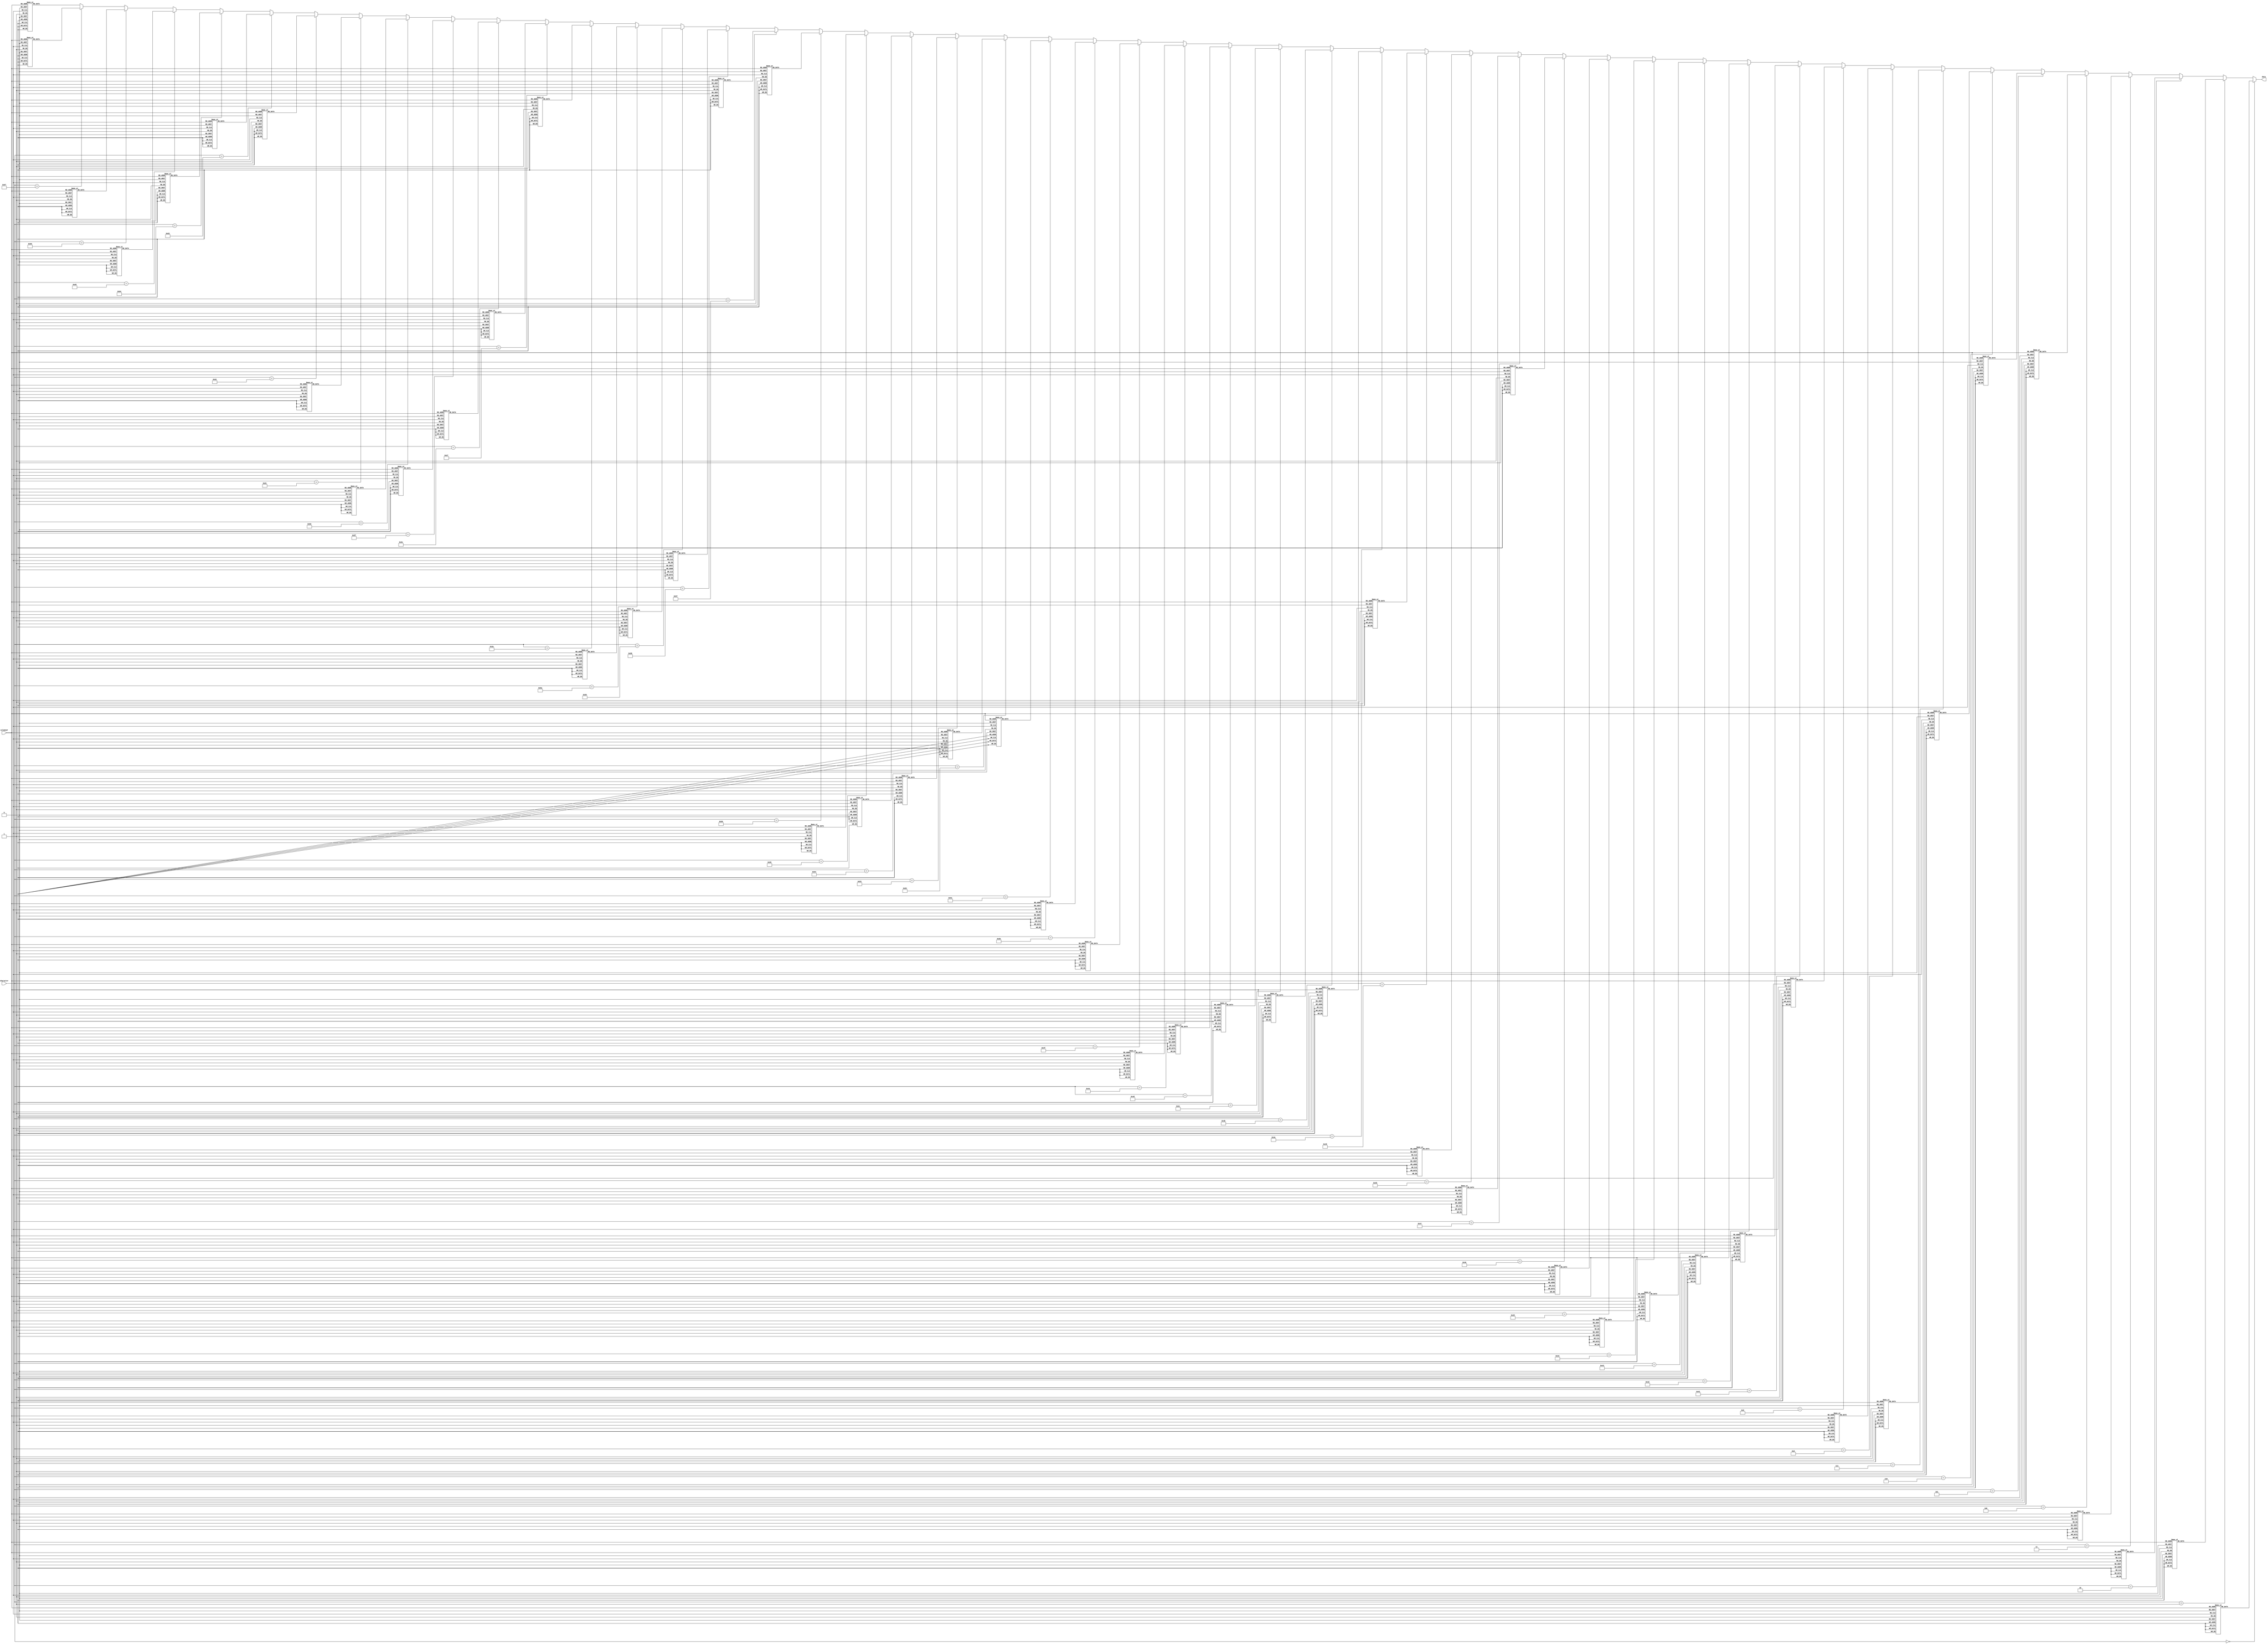
	module Chars_rom
   (
	input wire [7:0]  character,
    input wire [2:0] columnaY,
    output reg [7:0]  data
   );
      
   always @*
		//Numeros
		if(character == 0)//0
			case (columnaY)
				3'b000: data = 8'b00000000; // 
				3'b001: data = 8'b00111100; // 
				3'b010: data = 8'b01100110; // 
				3'b011: data = 8'b01101110; // 
				3'b100: data = 8'b01110110; // 
				3'b101: data = 8'b01100110; // 
				3'b110: data = 8'b00111100; // 
				3'b111: data = 8'b00000000; // 
			endcase
		else if(character == 1) //1
			case (columnaY)
				3'b000: data = 8'b00000000; // 
				3'b001: data = 8'b00001100; // 
				3'b010: data = 8'b00011100; // 
				3'b011: data = 8'b00001100; // 
				3'b100: data = 8'b00001100; // 
				3'b101: data = 8'b00001100; // 
				3'b110: data = 8'b00111110; // 
				3'b111: data = 8'b00000000; //   
			endcase
		else if(character == 2) //2
			case (columnaY)
				3'b000: data = 8'b00000000; // 
				3'b001: data = 8'b00111100; // 
				3'b010: data = 8'b01100110; // 
				3'b011: data = 8'b00000110; // 
				3'b100: data = 8'b00001100; // 
				3'b101: data = 8'b00110000; // 
				3'b110: data = 8'b01100000; // 
				3'b111: data = 8'b01111110; // 
			endcase
		else if(character == 3) //3
			case (columnaY)
				3'b000: data = 8'b00000000; // 
				3'b001: data = 8'b00111100; // 
				3'b010: data = 8'b01100110; // 
				3'b011: data = 8'b00000110; // 
				3'b100: data = 8'b00011100; // 
				3'b101: data = 8'b00000110; // 
				3'b110: data = 8'b01100110; // 
				3'b111: data = 8'b00111100; //  
			endcase
		else if(character == 4) //4
			case (columnaY)
				3'b000: data = 8'b00000000; // 
				3'b001: data = 8'b00001100; // 
				3'b010: data = 8'b00011100; // 
				3'b011: data = 8'b00111100; // 
				3'b100: data = 8'b01001100; // 
				3'b101: data = 8'b01111110; // 
				3'b110: data = 8'b00001100; // 
				3'b111: data = 8'b00001100; //  
			endcase
		else if(character == 5) //5
			case (columnaY)
				3'b000: data = 8'b00000000; // 
				3'b001: data = 8'b01111110; // 
				3'b010: data = 8'b01100000; // 
				3'b011: data = 8'b01111100; // 
				3'b100: data = 8'b00000110; // 
				3'b101: data = 8'b01100110; // 
				3'b110: data = 8'b00111100; // 
				3'b111: data = 8'b00000000; // 
			endcase
		else if(character == 6) //6
			case (columnaY)
				3'b000: data = 8'b00000000; // 
				3'b001: data = 8'b00111100; // 
				3'b010: data = 8'b01100110; // 
				3'b011: data = 8'b01100000; // 
				3'b100: data = 8'b01111100; // 
				3'b101: data = 8'b01100110; // 
				3'b110: data = 8'b01100110; // 
				3'b111: data = 8'b00111100; //  
			endcase
		else if(character == 7) //7
			case (columnaY)
				3'b000: data = 8'b00000000; // 
				3'b001: data = 8'b01111110; // 
				3'b010: data = 8'b01100110; // 
				3'b011: data = 8'b00001100; // 
				3'b100: data = 8'b00011000; // 
				3'b101: data = 8'b00011000; // 
				3'b110: data = 8'b00011000; // 
				3'b111: data = 8'b00011000; //  
			endcase
		else if(character == 8) //8
			case (columnaY)
				3'b000: data = 8'b00000000; // 
				3'b001: data = 8'b00111100; // 
				3'b010: data = 8'b01100110; // 
				3'b011: data = 8'b01100110; // 
				3'b100: data = 8'b00111100; // 
				3'b101: data = 8'b01100110; // 
				3'b110: data = 8'b01100110; // 
				3'b111: data = 8'b00111100; //  
			endcase
		else if(character == 9) //9
			case (columnaY)
				3'b000: data = 8'b00000000; // 
				3'b001: data = 8'b00111100; // 
				3'b010: data = 8'b01100110; // 
				3'b011: data = 8'b01100110; // 
				3'b100: data = 8'b00111110; // 
				3'b101: data = 8'b00000110; // 
				3'b110: data = 8'b01100110; // 
				3'b111: data = 8'b00111100; //  
			endcase
		//Letras
		else if(character == "A") //A
			case (columnaY)
				3'b000: data = 8'b00000000; // 
				3'b001: data = 8'b00011000; // 
				3'b010: data = 8'b00111100; // 
				3'b011: data = 8'b01100110; // 
				3'b100: data = 8'b01111110; // 
				3'b101: data = 8'b01100110; // 
				3'b110: data = 8'b01100110; // 
				3'b111: data = 8'b01100110; // 
			endcase
		else if(character == "B") //B
			case (columnaY)
				3'b000: data = 8'b00000000; // 
				3'b001: data = 8'b01111100; // 
				3'b010: data = 8'b01100110; // 
				3'b011: data = 8'b01100110; // 
				3'b100: data = 8'b01111100; // 
				3'b101: data = 8'b01100110; // 
				3'b110: data = 8'b01100110; // 
				3'b111: data = 8'b01111100; // 
			endcase
		else if(character == "C") //C
			case (columnaY)
				3'b000: data = 8'b00000000; // 
				3'b001: data = 8'b00111100; // 
				3'b010: data = 8'b01100110; // 
				3'b011: data = 8'b01100000; // 
				3'b100: data = 8'b01100000; // 
				3'b101: data = 8'b01100000; // 
				3'b110: data = 8'b01100110; // 
				3'b111: data = 8'b00111100; //  
			endcase
		else if(character == "D") //D
			case (columnaY)
				3'b000: data = 8'b00000000; // 
				3'b001: data = 8'b01111000; // 
				3'b010: data = 8'b01101100; // 
				3'b011: data = 8'b01100110; // 
				3'b100: data = 8'b01100110; // 
				3'b101: data = 8'b01100110; // 
				3'b110: data = 8'b01101100; // 
				3'b111: data = 8'b01111000; // 
			endcase
		else if(character == "E") //E
			case (columnaY)
				3'b000: data = 8'b00000000; // 
				3'b001: data = 8'b01111110; // 
				3'b010: data = 8'b01100000; // 
				3'b011: data = 8'b01100000; // 
				3'b100: data = 8'b01111000; // 
				3'b101: data = 8'b01100000; // 
				3'b110: data = 8'b01100000; // 
				3'b111: data = 8'b01111110; //  
			endcase
		else if(character == "F") //F
			case (columnaY)
				3'b000: data = 8'b00000000; // 
				3'b001: data = 8'b01111110; // 
				3'b010: data = 8'b01100000; // 
				3'b011: data = 8'b01100000; // 
				3'b100: data = 8'b01111000; // 
				3'b101: data = 8'b01100000; // 
				3'b110: data = 8'b01100000; // 
				3'b111: data = 8'b01100000; // 
			endcase
		else if(character == "G") //G
			case (columnaY)
				3'b000: data = 8'b00000000; // 
				3'b001: data = 8'b00111100; // 
				3'b010: data = 8'b01100110; // 
				3'b011: data = 8'b01100000; // 
				3'b100: data = 8'b01101110; // 
				3'b101: data = 8'b01100110; // 
				3'b110: data = 8'b01100110; // 
				3'b111: data = 8'b00111100; // 
			endcase
		else if(character == "H") //H
			case (columnaY)
				3'b000: data = 8'b00000000; // 
				3'b001: data = 8'b01100110; // 
				3'b010: data = 8'b01100110; // 
				3'b011: data = 8'b01100110; // 
				3'b100: data = 8'b01111110; // 
				3'b101: data = 8'b01100110; // 
				3'b110: data = 8'b01100110; // 
				3'b111: data = 8'b01100110; // 
			endcase
		else if(character == "I") //I
			case (columnaY)
				3'b000: data = 8'b00000000; // 
				3'b001: data = 8'b00111100; // 
				3'b010: data = 8'b00011000; // 
				3'b011: data = 8'b00011000; // 
				3'b100: data = 8'b00011000; // 
				3'b101: data = 8'b00011000; // 
				3'b110: data = 8'b00011000; // 
				3'b111: data = 8'b00111100; // 
			endcase
		else if(character == "J") //J
			case (columnaY)
				3'b000: data = 8'b00000000; // 
				3'b001: data = 8'b00011110; // 
				3'b010: data = 8'b00001100; // 
				3'b011: data = 8'b00001100; // 
				3'b100: data = 8'b00001100; // 
				3'b101: data = 8'b00001100; // 
				3'b110: data = 8'b01101100; // 
				3'b111: data = 8'b00111000; //
			endcase
		else if(character == "K") //K
			case (columnaY)
				3'b000: data = 8'b00000000; // 
				3'b001: data = 8'b01100110; // 
				3'b010: data = 8'b01101100; // 
				3'b011: data = 8'b0111100; // 
				3'b100: data = 8'b01110000; // 
				3'b101: data = 8'b01111000; // 
				3'b110: data = 8'b01101100; // 
				3'b111: data = 8'b01100110; //
			endcase
		else if(character == "L") //L
			case (columnaY)
				3'b000: data = 8'b00000000; // 
				3'b001: data = 8'b01100000; // 
				3'b010: data = 8'b01100000; // 
				3'b011: data = 8'b01100000; // 
				3'b100: data = 8'b01100000; // 
				3'b101: data = 8'b01100000; // 
				3'b110: data = 8'b01100000; // 
				3'b111: data = 8'b01111110; // 
			endcase
		else if(character == "M") //M
			case (columnaY)
				3'b000: data = 8'b00000000; // 
				3'b001: data = 8'b11000110; // 
				3'b010: data = 8'b11101110; // 
				3'b011: data = 8'b11111110; // 
				3'b100: data = 8'b11010110; // 
				3'b101: data = 8'b11000110; // 
				3'b110: data = 8'b11000110; // 
				3'b111: data = 8'b11000110; // 
			endcase
		else if(character == "N") //N
			case (columnaY)
				3'b000: data = 8'b00000000; // 
				3'b001: data = 8'b01100110; // 
				3'b010: data = 8'b01110110; // 
				3'b011: data = 8'b01111110; // 
				3'b100: data = 8'b01101110; // 
				3'b101: data = 8'b01100110; // 
				3'b110: data = 8'b01100110; // 
				3'b111: data = 8'b01100110; // 
			endcase
		else if(character == "O") //O
			case (columnaY)
				3'b000: data = 8'b00000000; // 
				3'b001: data = 8'b00111100; // 
				3'b010: data = 8'b01100110; // 
				3'b011: data = 8'b01100110; // 
				3'b100: data = 8'b01100110; // 
				3'b101: data = 8'b01100110; // 
				3'b110: data = 8'b01100110; // 
				3'b111: data = 8'b00111100; // 
			endcase
		else if(character == "P") //P
			case (columnaY)
				3'b000: data = 8'b00000000; // 
				3'b001: data = 8'b01111100; // 
				3'b010: data = 8'b01100110; // 
				3'b011: data = 8'b01100110; // 
				3'b100: data = 8'b01111100; // 
				3'b101: data = 8'b01100000; // 
				3'b110: data = 8'b01100000; // 
				3'b111: data = 8'b01100000; // 
			endcase
		else if(character == "Q") //Q
			case (columnaY)
				3'b000: data = 8'b00000000; // 
				3'b001: data = 8'b00111100; // 
				3'b010: data = 8'b01100110; // 
				3'b011: data = 8'b01100110; // 
				3'b100: data = 8'b01100110; // 
				3'b101: data = 8'b01100110; // 
				3'b110: data = 8'b00111100; // 
				3'b111: data = 8'b00001110; // 
			endcase
		else if(character == "R") //R
			case (columnaY)
				3'b000: data = 8'b00000000; // 
				3'b001: data = 8'b01111100; // 
				3'b010: data = 8'b01100110; // 
				3'b011: data = 8'b01100110; // 
				3'b100: data = 8'b01111100; // 
				3'b101: data = 8'b01111000; // 
				3'b110: data = 8'b01101100; // 
				3'b111: data = 8'b01100110; // 
			endcase
		else if(character == "S") //S
			case (columnaY)
				3'b000: data = 8'b00000000; // 
				3'b001: data = 8'b00111100; // 
				3'b010: data = 8'b01100110; // 
				3'b011: data = 8'b01100000; // 
				3'b100: data = 8'b00111100; // 
				3'b101: data = 8'b00000110; // 
				3'b110: data = 8'b01100110; // 
				3'b111: data = 8'b00111100; // 
			endcase
		else if(character == "T") //T
			case (columnaY)
				3'b000: data = 8'b00000000; // 
				3'b001: data = 8'b01111110; // 
				3'b010: data = 8'b00011000; // 
				3'b011: data = 8'b00011000; // 
				3'b100: data = 8'b00011000; // 
				3'b101: data = 8'b00011000; // 
				3'b110: data = 8'b00011000; // 
				3'b111: data = 8'b00011000; // 
			endcase
		else if(character == "U") //U
			case (columnaY)
				3'b000: data = 8'b00000000; // 
				3'b001: data = 8'b01100110; // 
				3'b010: data = 8'b01100110; // 
				3'b011: data = 8'b01100110; // 
				3'b100: data = 8'b01100110; // 
				3'b101: data = 8'b01100110; // 
				3'b110: data = 8'b01100110; // 
				3'b111: data = 8'b00111100; // 
			endcase
		else if(character == "V") //V
			case (columnaY)
				3'b000: data = 8'b00000000; // 
				3'b001: data = 8'b01100110; // 
				3'b010: data = 8'b01100110; // 
				3'b011: data = 8'b01100110; // 
				3'b100: data = 8'b01100110; // 
				3'b101: data = 8'b01100110; // 
				3'b110: data = 8'b00111100; // 
				3'b111: data = 8'b00011000; // 
			endcase
		else if(character == "W") //W
			case (columnaY)
				3'b000: data = 8'b00000000; // 
				3'b001: data = 8'b11000110; // 
				3'b010: data = 8'b11000110; // 
				3'b011: data = 8'b11000110; // 
				3'b100: data = 8'b11010110; // 
				3'b101: data = 8'b11111110; // 
				3'b110: data = 8'b11101110; // 
				3'b111: data = 8'b11000110; // 
			endcase
		else if(character == "X") //X
			case (columnaY)
				3'b000: data = 8'b00000000; // 
				3'b001: data = 8'b01100110; // 
				3'b010: data = 8'b01100110; // 
				3'b011: data = 8'b00111100; // 
				3'b100: data = 8'b00011000; // 
				3'b101: data = 8'b00111100; // 
				3'b110: data = 8'b01100110; // 
				3'b111: data = 8'b01100110; // 
			endcase
		else if(character == "Y") //Y
			case (columnaY)
				3'b000: data = 8'b00000000; // 
				3'b001: data = 8'b01100110; // 
				3'b010: data = 8'b01100110; // 
				3'b011: data = 8'b01100110; // 
				3'b100: data = 8'b00111100; // 
				3'b101: data = 8'b00011000; // 
				3'b110: data = 8'b00011000; // 
				3'b111: data = 8'b00011000; // 
			endcase
		else if(character == "Z") //Z
			case (columnaY)
				3'b000: data = 8'b00000000; // 
				3'b001: data = 8'b01111110; // 
				3'b010: data = 8'b00000110; // 
				3'b011: data = 8'b00001100; // 
				3'b100: data = 8'b00011000; // 
				3'b101: data = 8'b00110000; // 
				3'b110: data = 8'b01100000; // 
				3'b111: data = 8'b01111110; // 
			endcase
		else if(character == ":") //:
			case (columnaY)
				3'b000: data = 8'b00000000; // 
				3'b001: data = 8'b00011000; // 
				3'b010: data = 8'b00011000; // 
				3'b011: data = 8'b00000000; // 
				3'b100: data = 8'b00000000; // 
				3'b101: data = 8'b00011000; // 
				3'b110: data = 8'b00011000; // 
				3'b111: data = 8'b00000000; // 
			endcase
		else if(character == "'") //:
			case (columnaY)
				3'b000: data = 8'b00000000; // 
				3'b001: data = 8'b00011000; // 
				3'b010: data = 8'b00011000; // 
				3'b011: data = 8'b00011000; // 
				3'b100: data = 8'b00011000; // 
				3'b101: data = 8'b00000000; // 
				3'b110: data = 8'b00000000; // 
				3'b111: data = 8'b00000000; // 
			endcase
		else if(character == 94) //Up arrow
			case (columnaY)
				3'b000: data = 8'b00000000; // 
				3'b001: data = 8'b00011000; // 
				3'b010: data = 8'b00111100; // 
				3'b011: data = 8'b01111110; // 
				3'b100: data = 8'b00011000; // 
				3'b101: data = 8'b00011000; // 
				3'b110: data = 8'b00011000; // 
				3'b111: data = 8'b00000000; // 
			endcase
		else if(character == 95) //Left Triangle
			case (columnaY)
				3'b000: data = 8'b00000000; // 
				3'b001: data = 8'b00000110; // 
				3'b010: data = 8'b00011110; // 
				3'b011: data = 8'b01111110; // 
				3'b100: data = 8'b01111110; // 
				3'b101: data = 8'b00011110; // 
				3'b110: data = 8'b00000110; // 
				3'b111: data = 8'b00000000; // 
			endcase
		else if(character == 96) //=
			case (columnaY)
				3'b000: data = 8'b00000000; // 
				3'b001: data = 8'b00111100; // 
				3'b010: data = 8'b00111100; // 
				3'b011: data = 8'b00000000; // 
				3'b100: data = 8'b00000000; // 
				3'b101: data = 8'b00111100; // 
				3'b110: data = 8'b00111100; // 
				3'b111: data = 8'b00000000; // 
			endcase
		
		else if(character == 97) //%
			case (columnaY)
				3'b000: data = 8'b00000000; // 
				3'b001: data = 8'b01100110; // 
				3'b010: data = 8'b01101100; // 
				3'b011: data = 8'b00011000; // 
				3'b100: data = 8'b00110110; // 
				3'b101: data = 8'b01100110; // 
				3'b110: data = 8'b00000000; // 
				3'b111: data = 8'b00000000; // 
			endcase
		
		else if(character == 98) // /
			case (columnaY)
				3'b000: data = 8'b00000000; // 
				3'b001: data = 8'b00000110; // 
				3'b010: data = 8'b00001100; // 
				3'b011: data = 8'b00011000; // 
				3'b100: data = 8'b00110000; // 
				3'b101: data = 8'b01100000; // 
				3'b110: data = 8'b00000000; // 
				3'b111: data = 8'b00000000; // 
			endcase
		
		
				else if(character == 99) // +
			case (columnaY)
				3'b000: data = 8'b00000000; // 
				3'b001: data = 8'b00011000; // 
				3'b010: data = 8'b00011000; // 
				3'b011: data = 8'b01111110; // 
				3'b100: data = 8'b01111110; // 
				3'b101: data = 8'b00011000; // 
				3'b110: data = 8'b00011000; // 
				3'b111: data = 8'b00000000; // 
			endcase
			
					else if(character == 100) // -
			case (columnaY)
				3'b000: data = 8'b00000000; // 
				3'b001: data = 8'b00000000; // 
				3'b010: data = 8'b00000000; // 
				3'b011: data = 8'b01111110; // 
				3'b100: data = 8'b01111110; // 
				3'b101: data = 8'b00000000; // 
				3'b110: data = 8'b00000000; // 
				3'b111: data = 8'b00000000; // 
			endcase
		
		
		else if(character == 101) // X
			case (columnaY)
				3'b000: data = 8'b00000000; // 
				3'b001: data = 8'b01100110; // 
				3'b010: data = 8'b00111100; // 
				3'b011: data = 8'b00011000; // 
				3'b100: data = 8'b00111100; // 
				3'b101: data = 8'b01100110; // 
				3'b110: data = 8'b00000000; // 
				3'b111: data = 8'b00000000; // 
			endcase
		
		else if(character == 102) // cuadro
			case (columnaY)
				3'b000: data = 8'b00000000; // 
				3'b001: data = 8'b00000000; // 
				3'b010: data = 8'b00111100; // 
				3'b011: data = 8'b00111100; // 
				3'b100: data = 8'b00111100; // 
				3'b101: data = 8'b00000000; // 
				3'b110: data = 8'b00000000; // 
				3'b111: data = 8'b00000000; // 
			endcase
			
		else if(character == 103) // guion bajo
			case (columnaY)
				3'b000: data = 8'b00000000; // 
				3'b001: data = 8'b00000000; // 
				3'b010: data = 8'b00000000; // 
				3'b011: data = 8'b00000000; // 
				3'b100: data = 8'b00000000; // 
				3'b101: data = 8'b00000000; // 
				3'b110: data = 8'b01111110; // 
				3'b111: data = 8'b00000000; // 
			endcase
			
		//Unrecoginzed Caracter
		else
			case (columnaY)
				3'b000: data = 8'b00000000; // 
				3'b001: data = 8'b00000000; // 
				3'b010: data = 8'b00000000; // 
				3'b011: data = 8'b00000000; // 
				3'b100: data = 8'b00000000; // 
				3'b101: data = 8'b00000000; // 
				3'b110: data = 8'b00000000; // 
				3'b111: data = 8'b00000000; // 
			endcase
		
endmodule